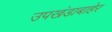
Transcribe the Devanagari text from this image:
उपखंडाबाहेर